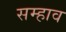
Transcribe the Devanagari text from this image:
सम्हाव